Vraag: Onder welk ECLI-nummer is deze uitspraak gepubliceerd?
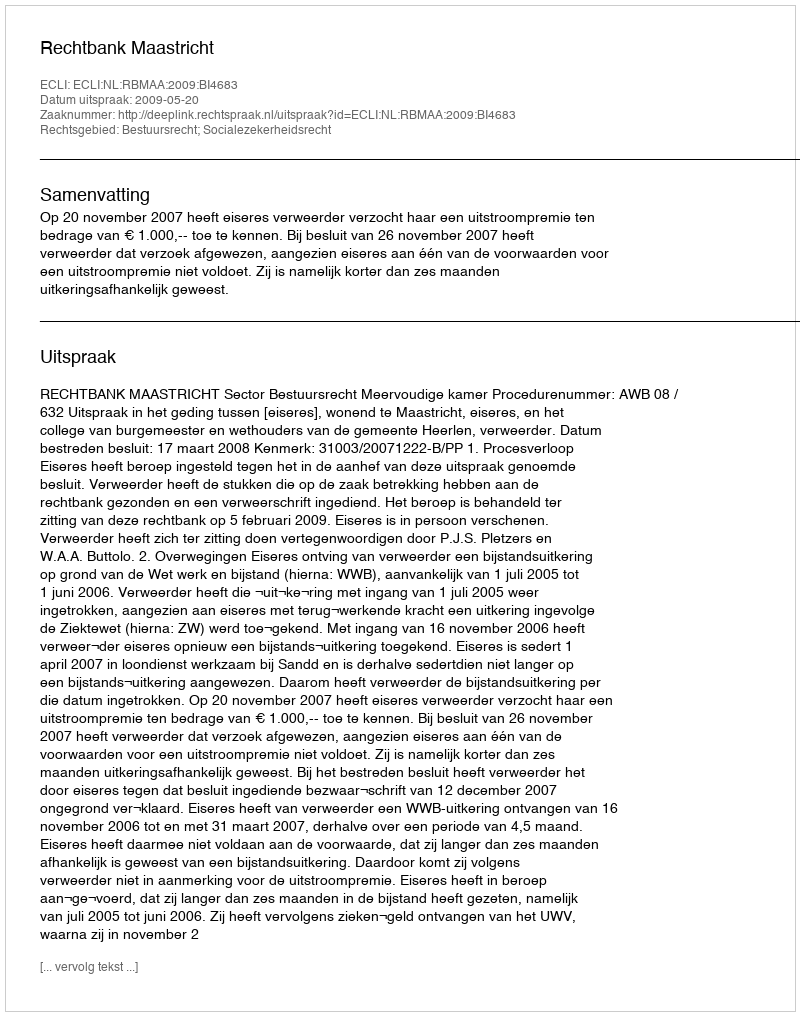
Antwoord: ECLI:NL:RBMAA:2009:BI4683